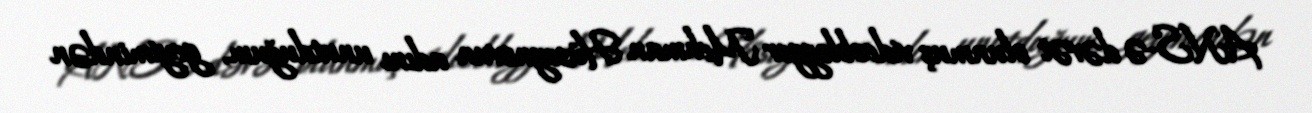
ANS-ə dəvət olunmuş videoblogger Mehman Hüseynovun adını unutduğum, geyimindən